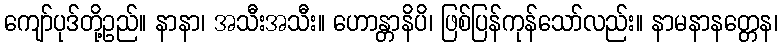
ကျော်ပုဒ်တို့ဥည်။ နာနာ၊ အသီးအသီး။ ဟောန္တာနိပိ၊ ဖြစ်ပြန်ကုန်သော်လည်း။ နာမနာနတ္တေန၊